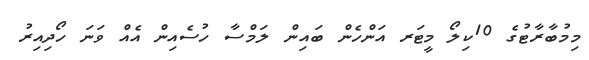
މިމުބާރާޓުގެ 10ކިލޯ މީޓަރ އަންހެން ބައިން ލަމްސާ ހުސެއިން އެއް ވަނަ ހޯދިއިރު